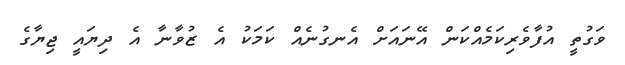
ވަގުތީ އުފާވެރިކަމެއްކަން އޭނައަށް އެނގުނެއް ކަމަކު އެ ޒުވާނާ އެ ދިޔައީ ޖިޔާގެ